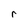
Character: r